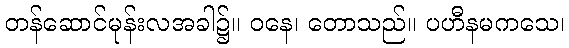
တန်ဆောင်မုန်းလအခါ၌။ ဝနေ၊ တောသည်။ ပဟီနမကသေ၊